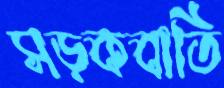
সড়কবাতি